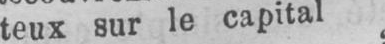
teux sur le capital